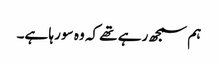
ہم سمجھ رہے تھے کہ وہ سو رہا ہے۔